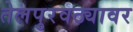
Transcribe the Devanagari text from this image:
तेलपुरवठ्यावर